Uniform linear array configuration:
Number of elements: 16
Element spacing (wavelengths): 0.5
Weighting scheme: cosine
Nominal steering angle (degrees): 30
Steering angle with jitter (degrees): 28.946
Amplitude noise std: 0.05
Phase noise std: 0.05

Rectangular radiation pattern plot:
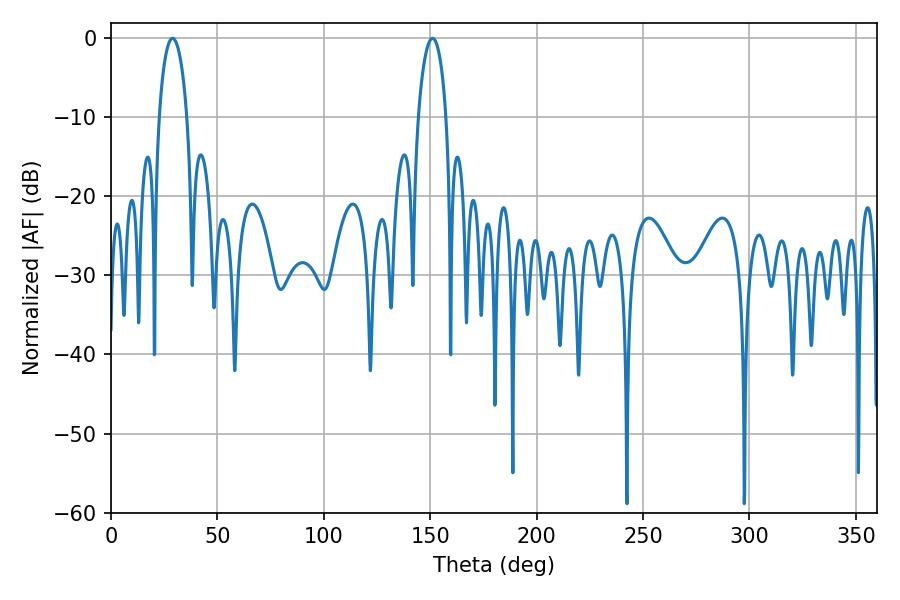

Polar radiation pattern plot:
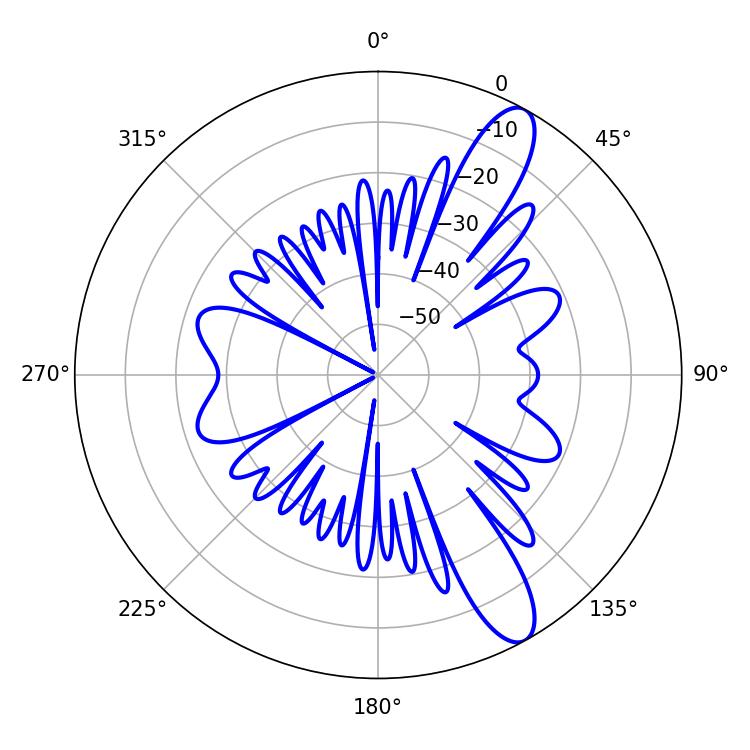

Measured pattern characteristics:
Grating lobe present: FALSE
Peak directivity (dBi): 11.623
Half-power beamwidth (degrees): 7.56
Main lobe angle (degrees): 28.98